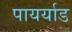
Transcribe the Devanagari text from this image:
पायर्याड